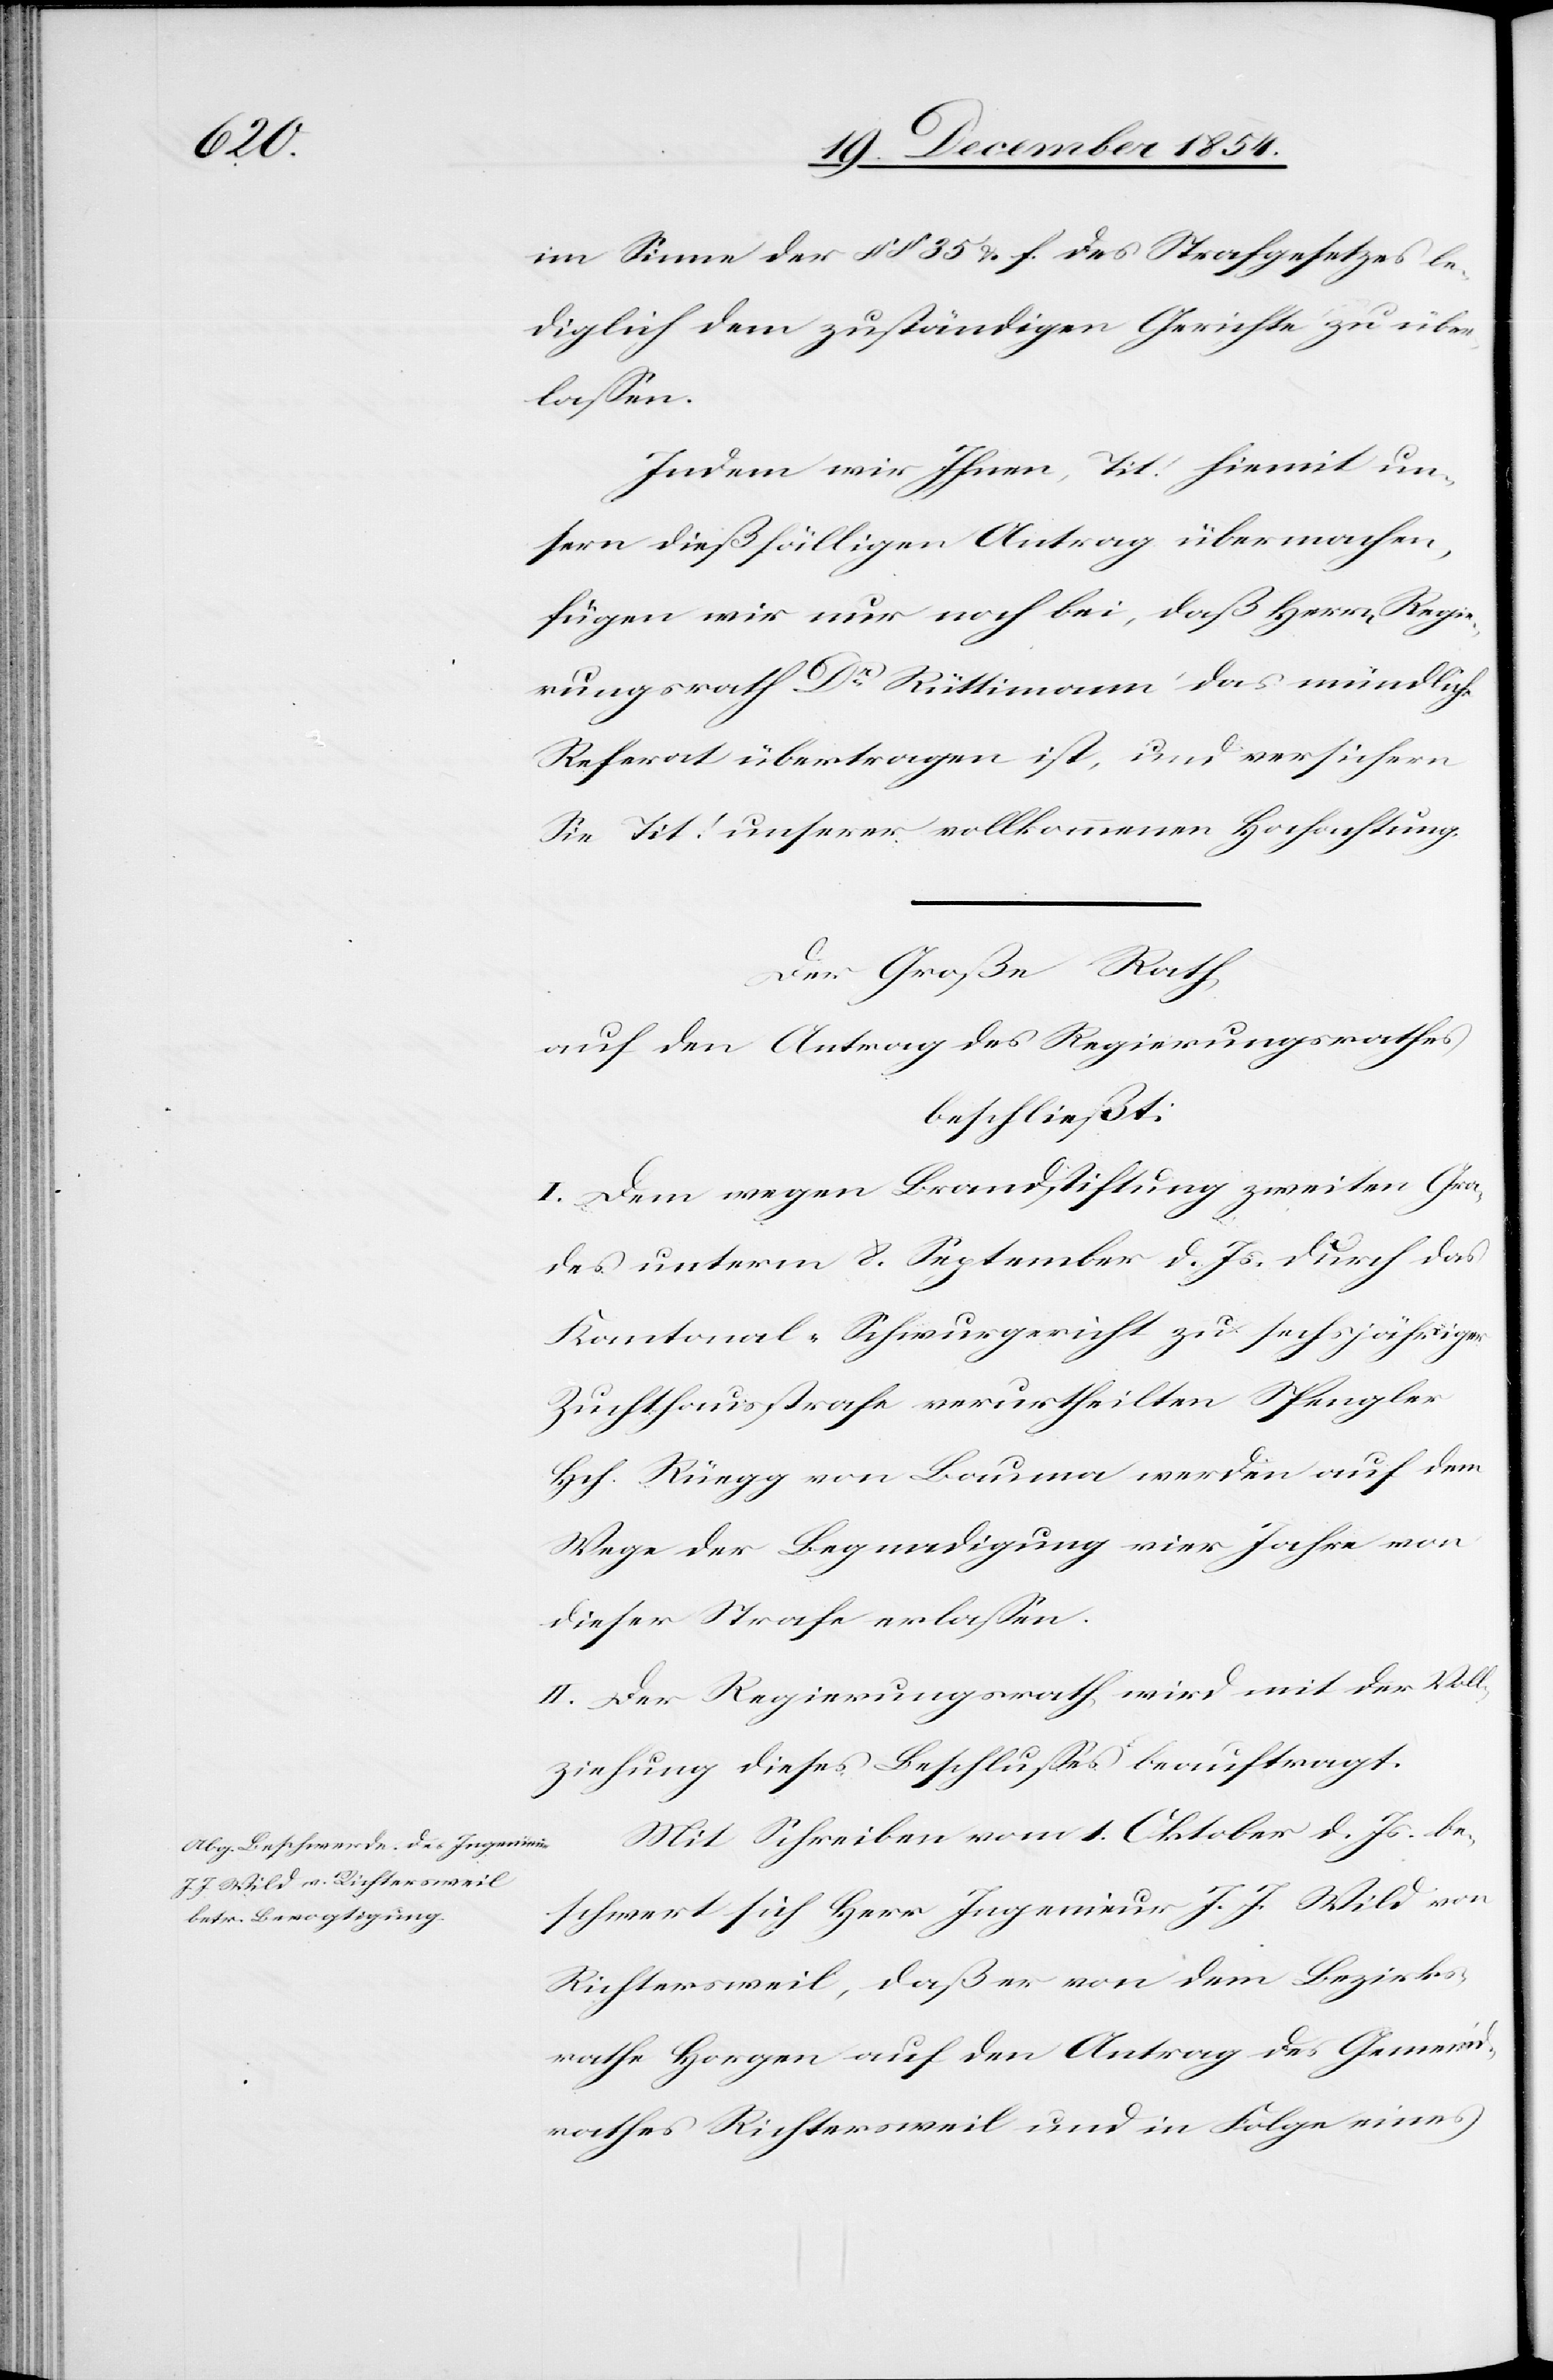
im Sinne der § § 35 u. f. des Strafgesetzes le¬
diglich dem zuständigen Gerichte zu über¬
laßen.
Indem wir ihnen, Tit! hiemit un¬
sern dießfälligen Antrag übermachen,
fügen wir nur noch bei, daß Herr Regie¬
rungsrath Dr Rüttimann das mündliche
Referat übertragen ist, und versichern
Sie Tit! unserer vollkommenen Hochachtung.
Der Große Rath
auf den Antrag des Regierungsrathes
beschließt:
I. Dem wegen Brandstiftung zweiten Gra¬
des unterm 8. September d. Js. durch das
Kantonal-Schwurgericht zu sechsjähriger
Zuchthausstrafe verurtheilten Spengler
Hch. Rüegg von Bauma werden auf dem
Wege der Begnadigung vier Jahre von
dieser Strafe erlaßen.
II. Der Regierungsrath wird mit der Voll¬
ziehung dieses Beschlußes beauftragt.
Mit Schreiben vom 1. Oktober d. Js. be¬
schwert sich Herr Ingenieur J. J. Wild von
Richterweil, daß er von dem Bezirks¬
rathe Horgen auf den Antrag des Gemeind¬
rathes Richterweil und in Folge eines